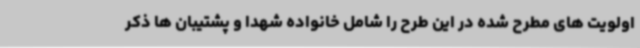
اولویت های مطرح شده در این طرح را شامل خانواده شهدا و پشتیبان ها ذکر